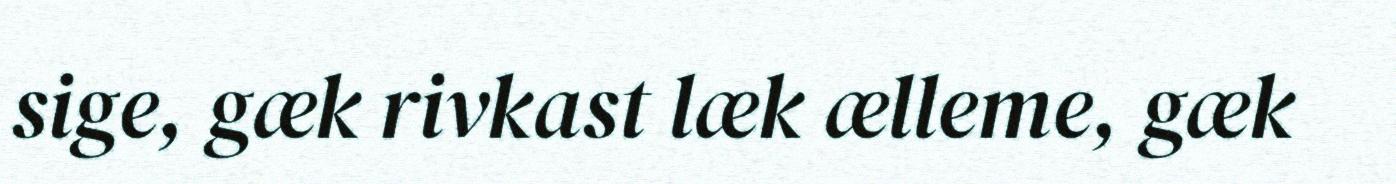
sige, gæk rivkast læk ælleme, gæk